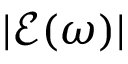
| \mathcal { E } ( \omega ) |